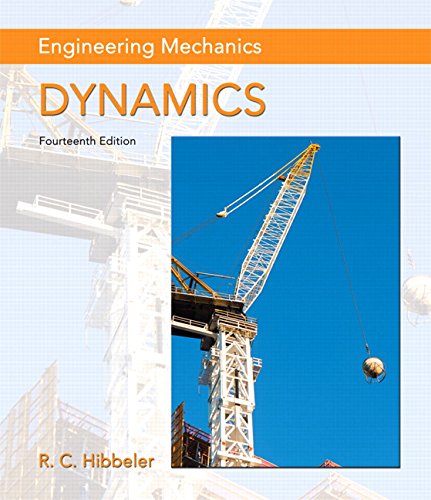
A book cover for Engineering Mechanics: Dynamics (14th Edition); Russell C. Hibbeler; Engineering & Transportation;